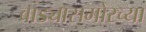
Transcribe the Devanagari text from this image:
वाड्यासमोरच्या